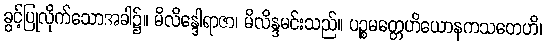
ခွင့်ပြုလိုက်သောအခါ၌။ မိလိန္ဒေါရာဇာ၊ မိလိန္ဒမင်းသည်။ ပဉ္စမတ္တေဟိယောနကသတေဟိ၊